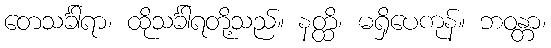
တေသင်္ခါရာ၊ ထိုသင်္ခါရတို့သည်။ နတ္ထိ၊ မရှိပေကုန်။ ဘဝန္တာ၊